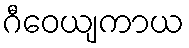
ဂီဝေယျကာယ